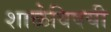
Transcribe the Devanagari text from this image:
शाळेविषयी